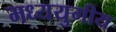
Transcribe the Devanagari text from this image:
मध्ययुगीय